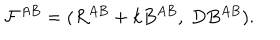
{ \cal F } ^ { A B } = ( R ^ { A B } + k B ^ { A B } , ~ D B ^ { A B } ) .